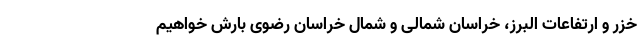
خزر و ارتفاعات البرز، خراسان شمالی و شمال خراسان رضوی بارش خواهیم